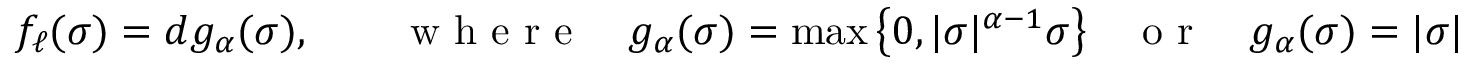
f _ { \ell } ( \sigma ) = d g _ { \alpha } ( \sigma ) , \qquad \mathrm { ~ w ~ h ~ e ~ r ~ e ~ } \quad g _ { \alpha } ( \sigma ) = \operatorname* { m a x } \big \{ 0 , | \sigma | ^ { \alpha - 1 } \sigma \big \} \quad \mathrm { ~ o ~ r ~ } \quad g _ { \alpha } ( \sigma ) = | \sigma | ^ { \alpha - 1 } \sigma ,